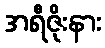
အရီဇိုးနား